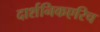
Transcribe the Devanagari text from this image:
दार्शनिकएरिच